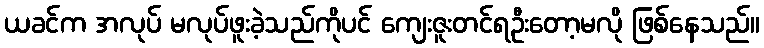
ယခင်က အလုပ် မလုပ်ဖူးခဲ့သည်ကိုပင် ကျေးဇူးတင်ရဦးတော့မလို ဖြစ်နေသည်။